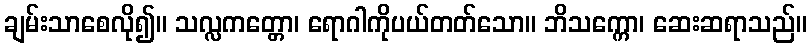
ချမ်းသာစေလို၍။ သလ္လကတ္တော၊ ရောဂါကိုပယ်တတ်သော။ ဘိသက္ကော၊ ဆေးဆရာသည်။